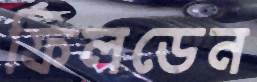
ফিলডেন